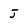
Character: J